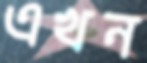
এখন